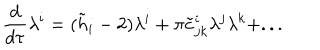
{ \frac { d } { d \tau } } \lambda ^ { i } = ( \tilde { h } _ { i } - 2 ) \lambda ^ { i } + \pi \tilde { c } _ { j k } ^ { i } \lambda ^ { j } \lambda ^ { k } + . . .